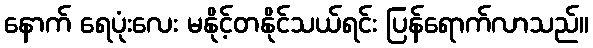
နောက် ရေပုံးလေး မနိုင့်တနိုင်သယ်ရင်း ပြန်ရောက်လာသည်။